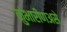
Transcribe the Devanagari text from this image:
कुंभारीणअसे